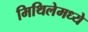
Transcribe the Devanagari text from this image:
मिथिलेमध्ये